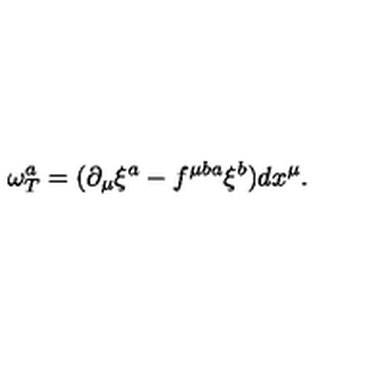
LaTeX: \omega _ { T } ^ { a } = ( \partial _ { \mu } \xi ^ { a } - f ^ { \mu b a } \xi ^ { b } ) d x ^ { \mu } .